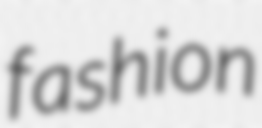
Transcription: fashion